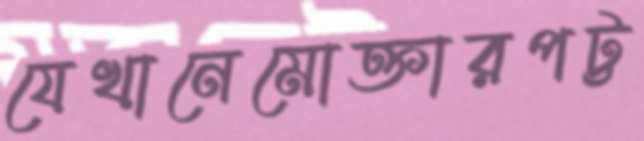
যেখানেমোক্তারপট্ট